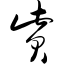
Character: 赀